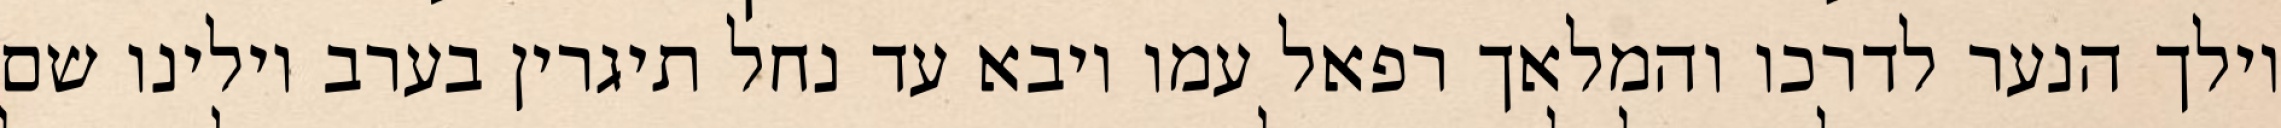
וילך הנער לדרכו והמלאך רפאל עמו ויבא עד נחל תיגרין בערב וילינו שם